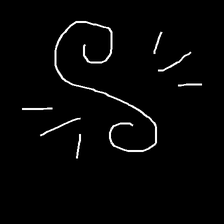
Glyph: wind-directs-air